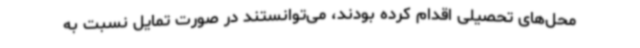
محل‌های تحصیلی اقدام کرده‌ بودند، می‌توانستند در صورت تمایل نسبت به